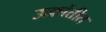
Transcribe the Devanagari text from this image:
उत्क्रांतीत